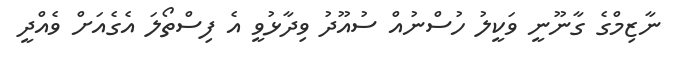
ނާޒިމްގެ ގާނޫނީ ވަކީލު ހުސްނުއް ސުއޫދު ވިދާޅުވީ އެ ފިސްތޯލަ އެގެއަށް ވެއްދީ